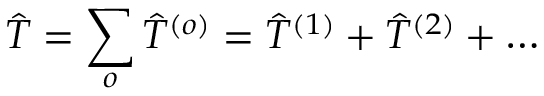
\hat { T } = \sum _ { o } \hat { T } ^ { ( o ) } = \hat { T } ^ { ( 1 ) } + \hat { T } ^ { ( 2 ) } + \ldots